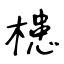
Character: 槵